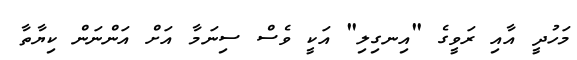
މަހުދީ އާއި ރަވީގެ "އިނގިލި" އަކީ ވެސް ސިނަމާ އަށް އަންނަން ކިޔާތާ